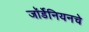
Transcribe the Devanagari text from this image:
जॉर्डेनियनचे